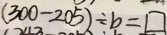
( 3 0 0 - 2 0 5 ) \div b = \square